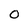
Character: O